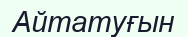
Айтатуғын